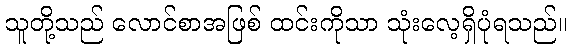
သူတို့သည် လောင်စာအဖြစ် ထင်းကိုသာ သုံးလေ့ရှိပုံရသည်။